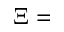
\Xi =